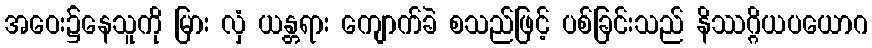
အဝေး၌နေသူကို မြား လှံ ယန္တရား ကျောက်ခဲ စသည်ဖြင့် ပစ်ခြင်းသည် နိဿဂ္ဂိယပယောဂ